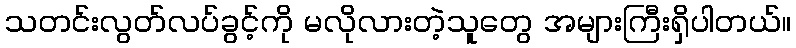
သတင်းလွတ်လပ်ခွင့်ကို မလိုလားတဲ့သူတွေ အများကြီးရှိပါတယ်။